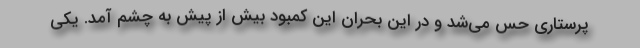
پرستاری حس می‌شد و در این بحران این کمبود بیش از پیش به چشم آمد. یکی